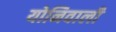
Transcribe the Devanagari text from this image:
योनिवाली